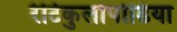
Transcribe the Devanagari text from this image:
रेटिकुलोपोडिया